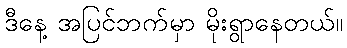
ဒီနေ့ အပြင်ဘက်မှာ မိုးရွာနေတယ်။